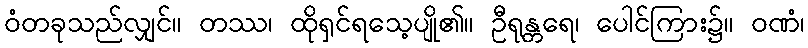
ဝံတခုသည်လျှင်။ တဿ၊ ထိုရှင်ရသေ့ပျို၏။ ဦရုန္တရေ၊ ပေါင်ကြား၌။ ဝဏံ၊